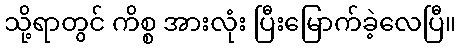
သို့ရာတွင် ကိစ္စ အားလုံး ပြီးမြောက်ခဲ့လေပြီ။